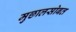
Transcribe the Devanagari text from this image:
मुछालसोबत